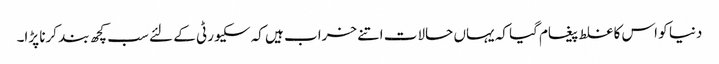
دنیا کو اس کا غلط پیغام گیا کہ یہاں حالات اتنے خراب ہیں کہ سکیورٹی کے لئے سب کچھ بند کرنا پڑا۔